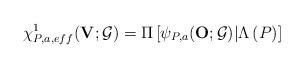
LaTeX: \begin{align*}\chi _{P,a,eff}^{1}(\mathbf{V};\mathcal{G})=\Pi \left[ \psi _{P,a}(\mathbf{O};\mathcal{G})|\Lambda \left( P\right) \right] \end{align*}